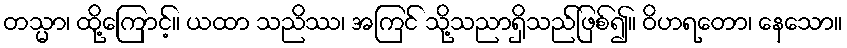
တသ္မာ၊ ထို့ကြောင့်။ ယထာ သညိဿ၊ အကြင် သို့သညာရှိသည်ဖြစ်၍။ ဝိဟရတော၊ နေသော။